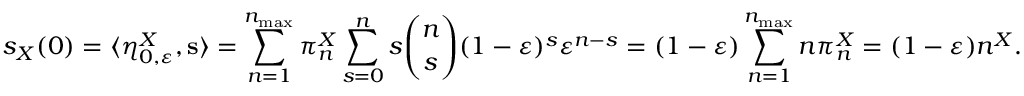
s _ { X } ( 0 ) = \langle \eta _ { 0 , \varepsilon } ^ { X } , \mathbf { s } \rangle = \sum _ { n = 1 } ^ { n _ { \operatorname* { m a x } } } \pi _ { n } ^ { X } \sum _ { s = 0 } ^ { n } s \binom { n } { s } ( 1 - \varepsilon ) ^ { s } \varepsilon ^ { n - s } = ( 1 - \varepsilon ) \sum _ { n = 1 } ^ { n _ { \operatorname* { m a x } } } n \pi _ { n } ^ { X } = ( 1 - \varepsilon ) n ^ { X } .